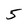
Character: 5